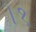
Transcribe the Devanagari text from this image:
।१